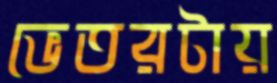
ভেতরটায়